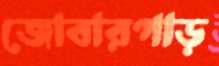
জোবারপাড়